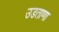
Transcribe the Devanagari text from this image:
उडताणा